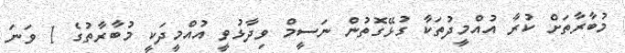
މުބާރާތަށް ކުރާ އުއްމީދުތަކާ ގުޅޭގޮތުން ނަސީމް ވިދާޅުވީ އުއްމީދަކީ މުބާރާތުގެ 1 ވަނަ